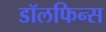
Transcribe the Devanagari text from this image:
डॉलफिन्स